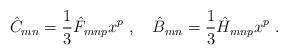
LaTeX: \begin{align*}\hat C_{mn} = \frac{1}{3} \hat F_{mnp} x^p\ ,\quad \hat B_{mn} = \frac{1}{3}\hat H_{mnp} x^p\ .\end{align*}